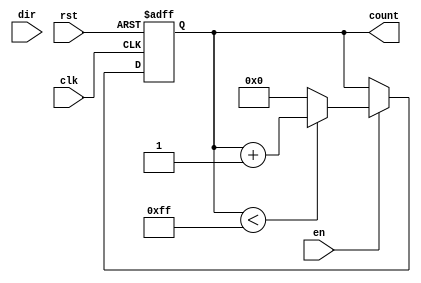
module ParameterizedCounter #(
    parameter WIDTH = 8,            // Width of the counter
    parameter COUNT_MODE = "UP"     // Counting mode: "UP", "DOWN", or "UP_DOWN"
)(
    input wire clk,                 // Clock signal
    input wire rst,                 // Asynchronous reset
    input wire en,                  // Enable signal
    input wire dir,                 // Direction signal (for up/down counting)
    output reg [WIDTH-1:0] count    // Count output
);

    // Internal parameters for maximum and minimum values
    localparam MAX_COUNT = (1 << WIDTH) - 1; // Maximum value for the counter
    localparam MIN_COUNT = 0;                 // Minimum value for the counter

    always @(posedge clk or posedge rst) begin
        if (rst) begin
            count <= MIN_COUNT;                // Reset the counter
        end
        else if (en) begin
            case (COUNT_MODE)
                "UP": begin
                    if (count < MAX_COUNT)
                        count <= count + 1;    // Increment count
                    else
                        count <= MIN_COUNT;    // Wrap around
                end
                "DOWN": begin
                    if (count > MIN_COUNT)
                        count <= count - 1;    // Decrement count
                    else
                        count <= MAX_COUNT;    // Wrap around
                end
                "UP_DOWN": begin
                    if (dir) begin
                        if (count < MAX_COUNT)
                            count <= count + 1; // Increment count
                        else
                            count <= MIN_COUNT; // Wrap around
                    end
                    else begin
                        if (count > MIN_COUNT)
                            count <= count - 1; // Decrement count
                        else
                            count <= MAX_COUNT; // Wrap around
                    end
                end
                default: count <= count;          // Hold current count
            endcase
        end
    end

endmodule